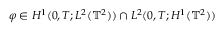
\varphi \in H ^ { 1 } ( 0 , T ; L ^ { 2 } ( \mathbb { T } ^ { 2 } ) ) \cap L ^ { 2 } ( 0 , T ; H ^ { 1 } ( \mathbb { T } ^ { 2 } ) )